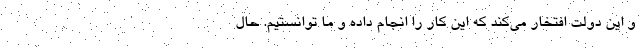
و این دولت افتخار می‌کند که این کار را انجام داده و ما توانستیم. حال